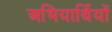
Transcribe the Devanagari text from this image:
अभियार्थियों